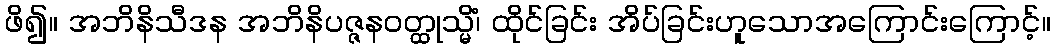
ဖိ၍။ အဘိနိသီဒန အဘိနိပဇ္ဇနဝတ္ထုသ္မိံ၊ ထိုင်ခြင်း အိပ်ခြင်းဟူသောအကြောင်းကြောင့်။